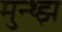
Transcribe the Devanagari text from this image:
मुन्थ्झ